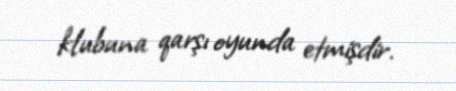
klubuna qarşı oyunda etmişdir.